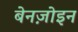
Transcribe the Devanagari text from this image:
बेनज़ोइन